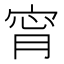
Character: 𡨪